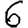
Digit: 6